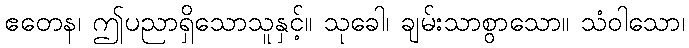
ဧတေန၊ ဤပညာရှိသောသူနှင့်။ သုခေါ၊ ချမ်းသာစွာသော။ သံဝါသော၊